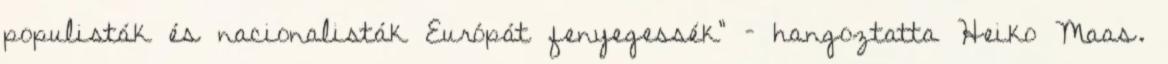
populisták és nacionalisták Európát fenyegessék” – hangoztatta Heiko Maas.